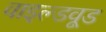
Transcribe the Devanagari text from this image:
वाइल्डवूड